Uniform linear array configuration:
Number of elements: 64
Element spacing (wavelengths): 0.75
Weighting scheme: binomial
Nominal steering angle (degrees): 30
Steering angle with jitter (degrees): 29.803
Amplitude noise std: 0.05
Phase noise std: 0.05

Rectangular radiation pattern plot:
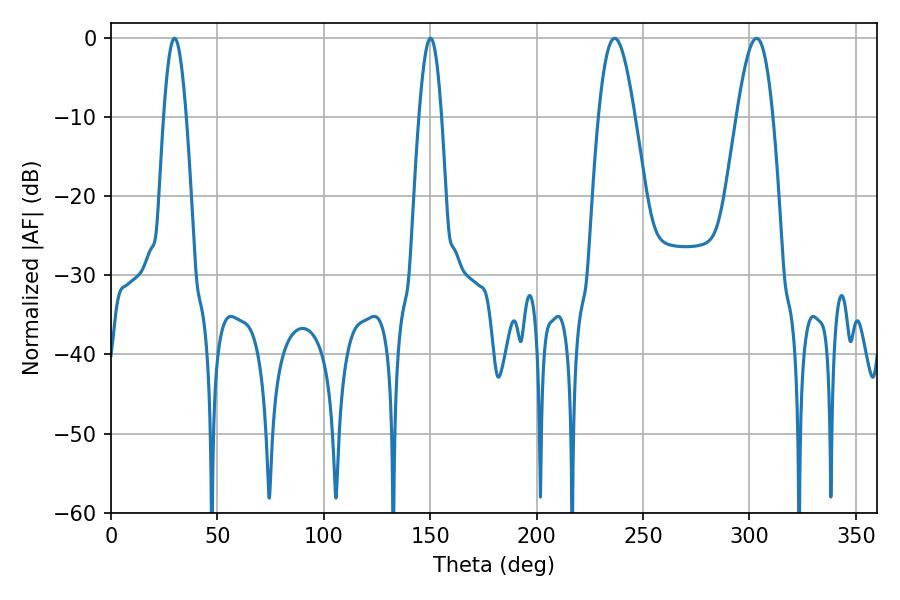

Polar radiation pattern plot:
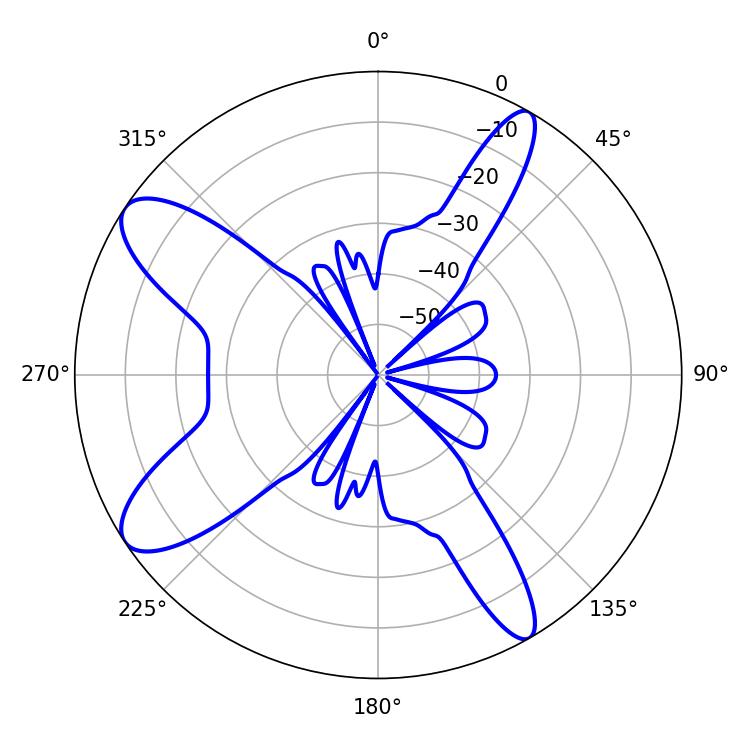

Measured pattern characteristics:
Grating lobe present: TRUE
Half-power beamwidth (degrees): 5.76
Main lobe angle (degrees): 29.88